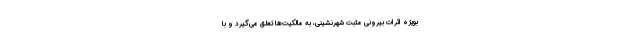
بویژه اثرات بیرونی مثبت شهرنشینی، به مالکیت‌ها تعلق می‌گیرد و با